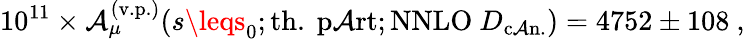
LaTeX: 10^{11}\times\mathcal{A}_{\mu}^{\mathrm{{(v.p.)}}}(s\leqs_{0};\mathrm{{th.\ p\mathcal{A}rt}};\mathrm{{NNLO}}\ D_{\mathrm{{c\mathcal{A}n.}}})=4752\pm108\ ,